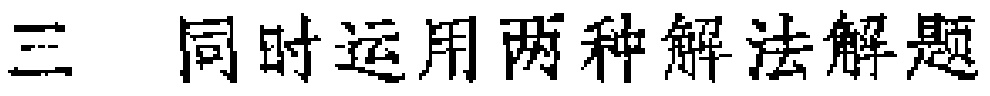
三 同时运用两种解法解题